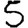
Digit: 5